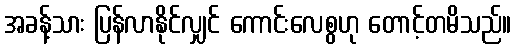
အခန့်သား ပြန်လာနိုင်လျှင် ကောင်းလေစွဟု တောင့်တမိသည်။